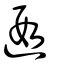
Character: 遐